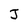
Character: J